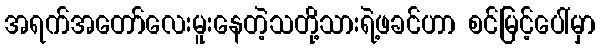
အရက်အတော်လေးမူးနေတဲ့သတို့သားရဲ့ဖခင်ဟာ စင်မြင့်ပေါ်မှာ